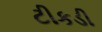
ટીકડી